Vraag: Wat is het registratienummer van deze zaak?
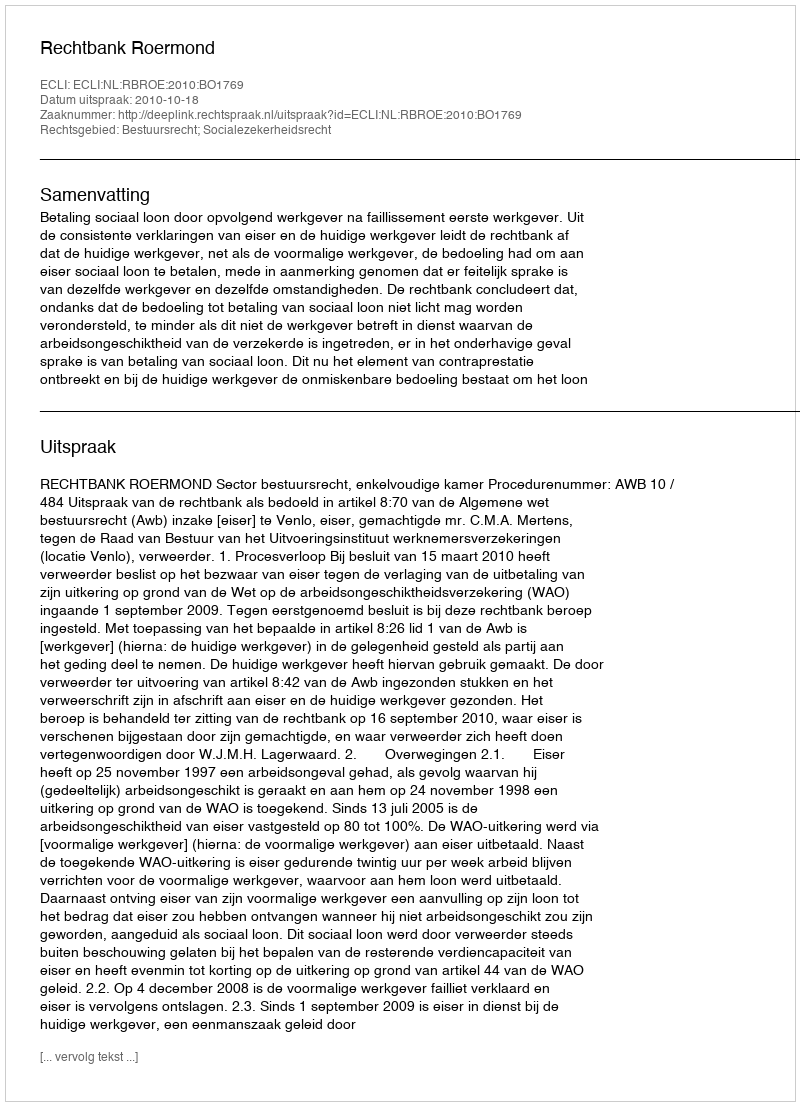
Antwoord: http://deeplink.rechtspraak.nl/uitspraak?id=ECLI:NL:RBROE:2010:BO1769